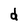
Character: d